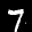
Label: 7